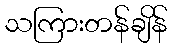
သကြားတန်ချိန်